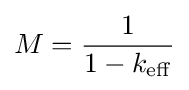
M={1 \over {1-k_{\mathrm {eff} }}}